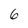
Character: 6